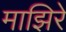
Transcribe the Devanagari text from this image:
माझिरे